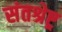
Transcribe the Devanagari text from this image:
संतश्रेष्ट्र